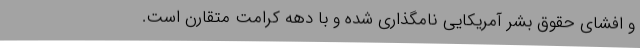
و افشای حقوق بشر آمریکایی نامگذاری شده و با دهه کرامت متقارن است.